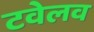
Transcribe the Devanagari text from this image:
टवेलव